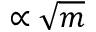
\propto \sqrt { m }